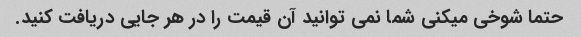
حتما شوخی میکنی شما نمی توانید آن قیمت را در هر جایی دریافت کنید.